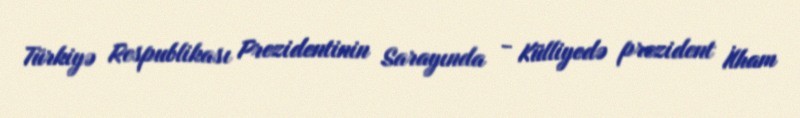
Türkiyə Respublikası Prezidentinin Sarayında - Külliyedə prezident İlham